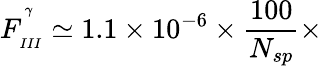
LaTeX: F_{_{III}}^{^{^{\gamma}}}\simeq 1.1\times 10^{-6}\times\frac{100}{N_{sp}}\times